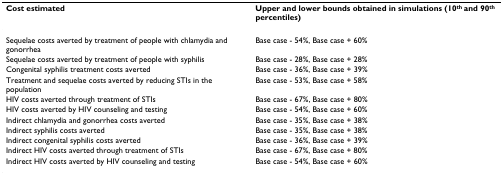
| Cost estimated | Upper and lower bounds obtained in simulations (10th and 90th percentiles) |
 | --- | --- |
 | Sequelae costs averted by treatment of people with chlamydia and gonorrhea | Base case - 54%, Base case + 60% |
 | Sequelae costs averted by treatment of people with syphilis | Base case - 28%, Base case + 28% |
 | Congenital syphilis treatment costs averted | Base case - 36%, Base case + 39% |
 | Treatment and sequelae costs averted by reducing STIs in the population | Base case - 53%, Base case + 58% |
 | HIV costs averted through treatment of STIs | Base case - 67%, Base case + 80% |
 | HIV costs averted by HIV counseling and testing | Base case - 54%, Base case + 60% |
 | Indirect chlamydia and gonorrhea costs averted | Base case - 35%, Base case + 38% |
 | Indirect syphilis costs averted | Base case - 35%, Base case + 38% |
 | Indirect congenital syphilis costs averted | Base case - 36%, Base case + 39% |
 | Indirect HIV costs averted through treatment of STIs | Base case - 67%, Base case + 80% |
 | Indirect HIV costs averted by HIV counseling and testing | Base case - 54%, Base case + 60% |